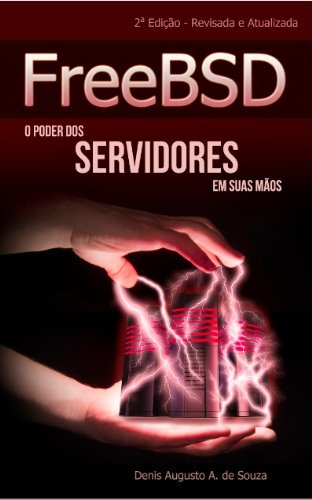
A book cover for FreeBSD: O Poder dos Servidores em Suas MÃ£os (Portuguese Edition); Denis Augusto A. de Souza; Computers & Technology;